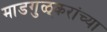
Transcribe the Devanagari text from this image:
माडगुळ्करांच्या